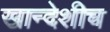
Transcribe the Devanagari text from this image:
खान्देशीच